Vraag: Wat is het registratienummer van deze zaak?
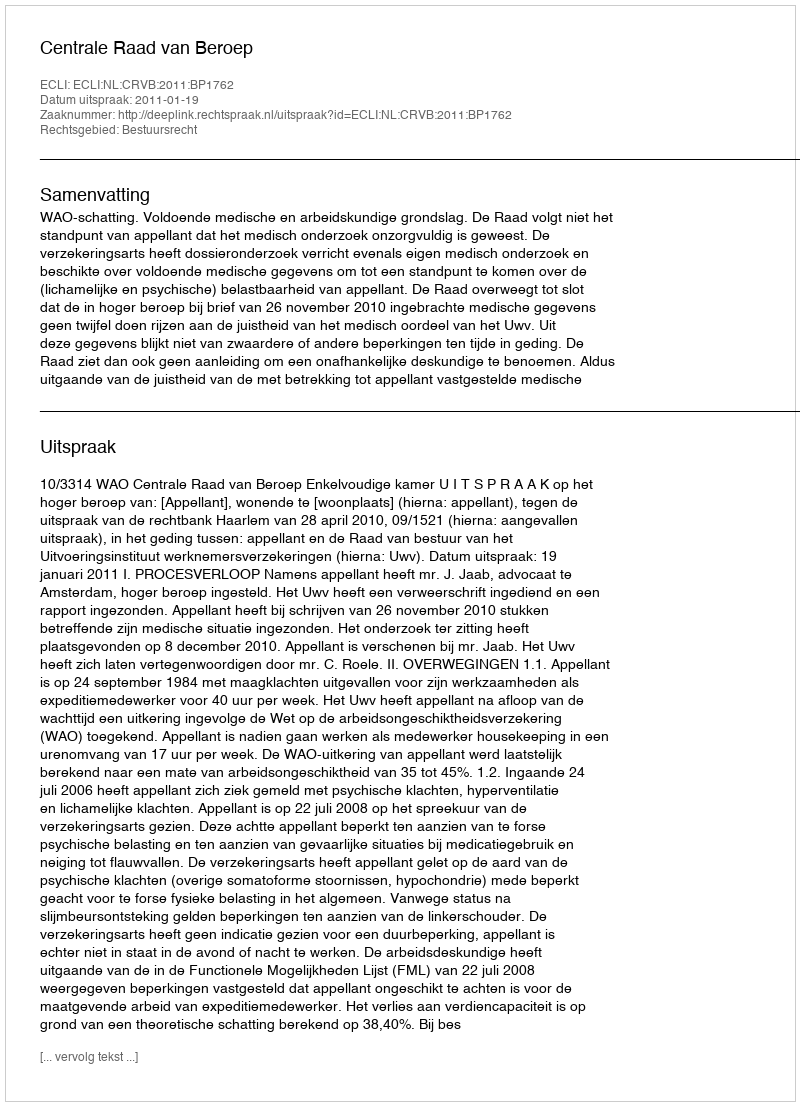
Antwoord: http://deeplink.rechtspraak.nl/uitspraak?id=ECLI:NL:CRVB:2011:BP1762